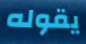
يقوله